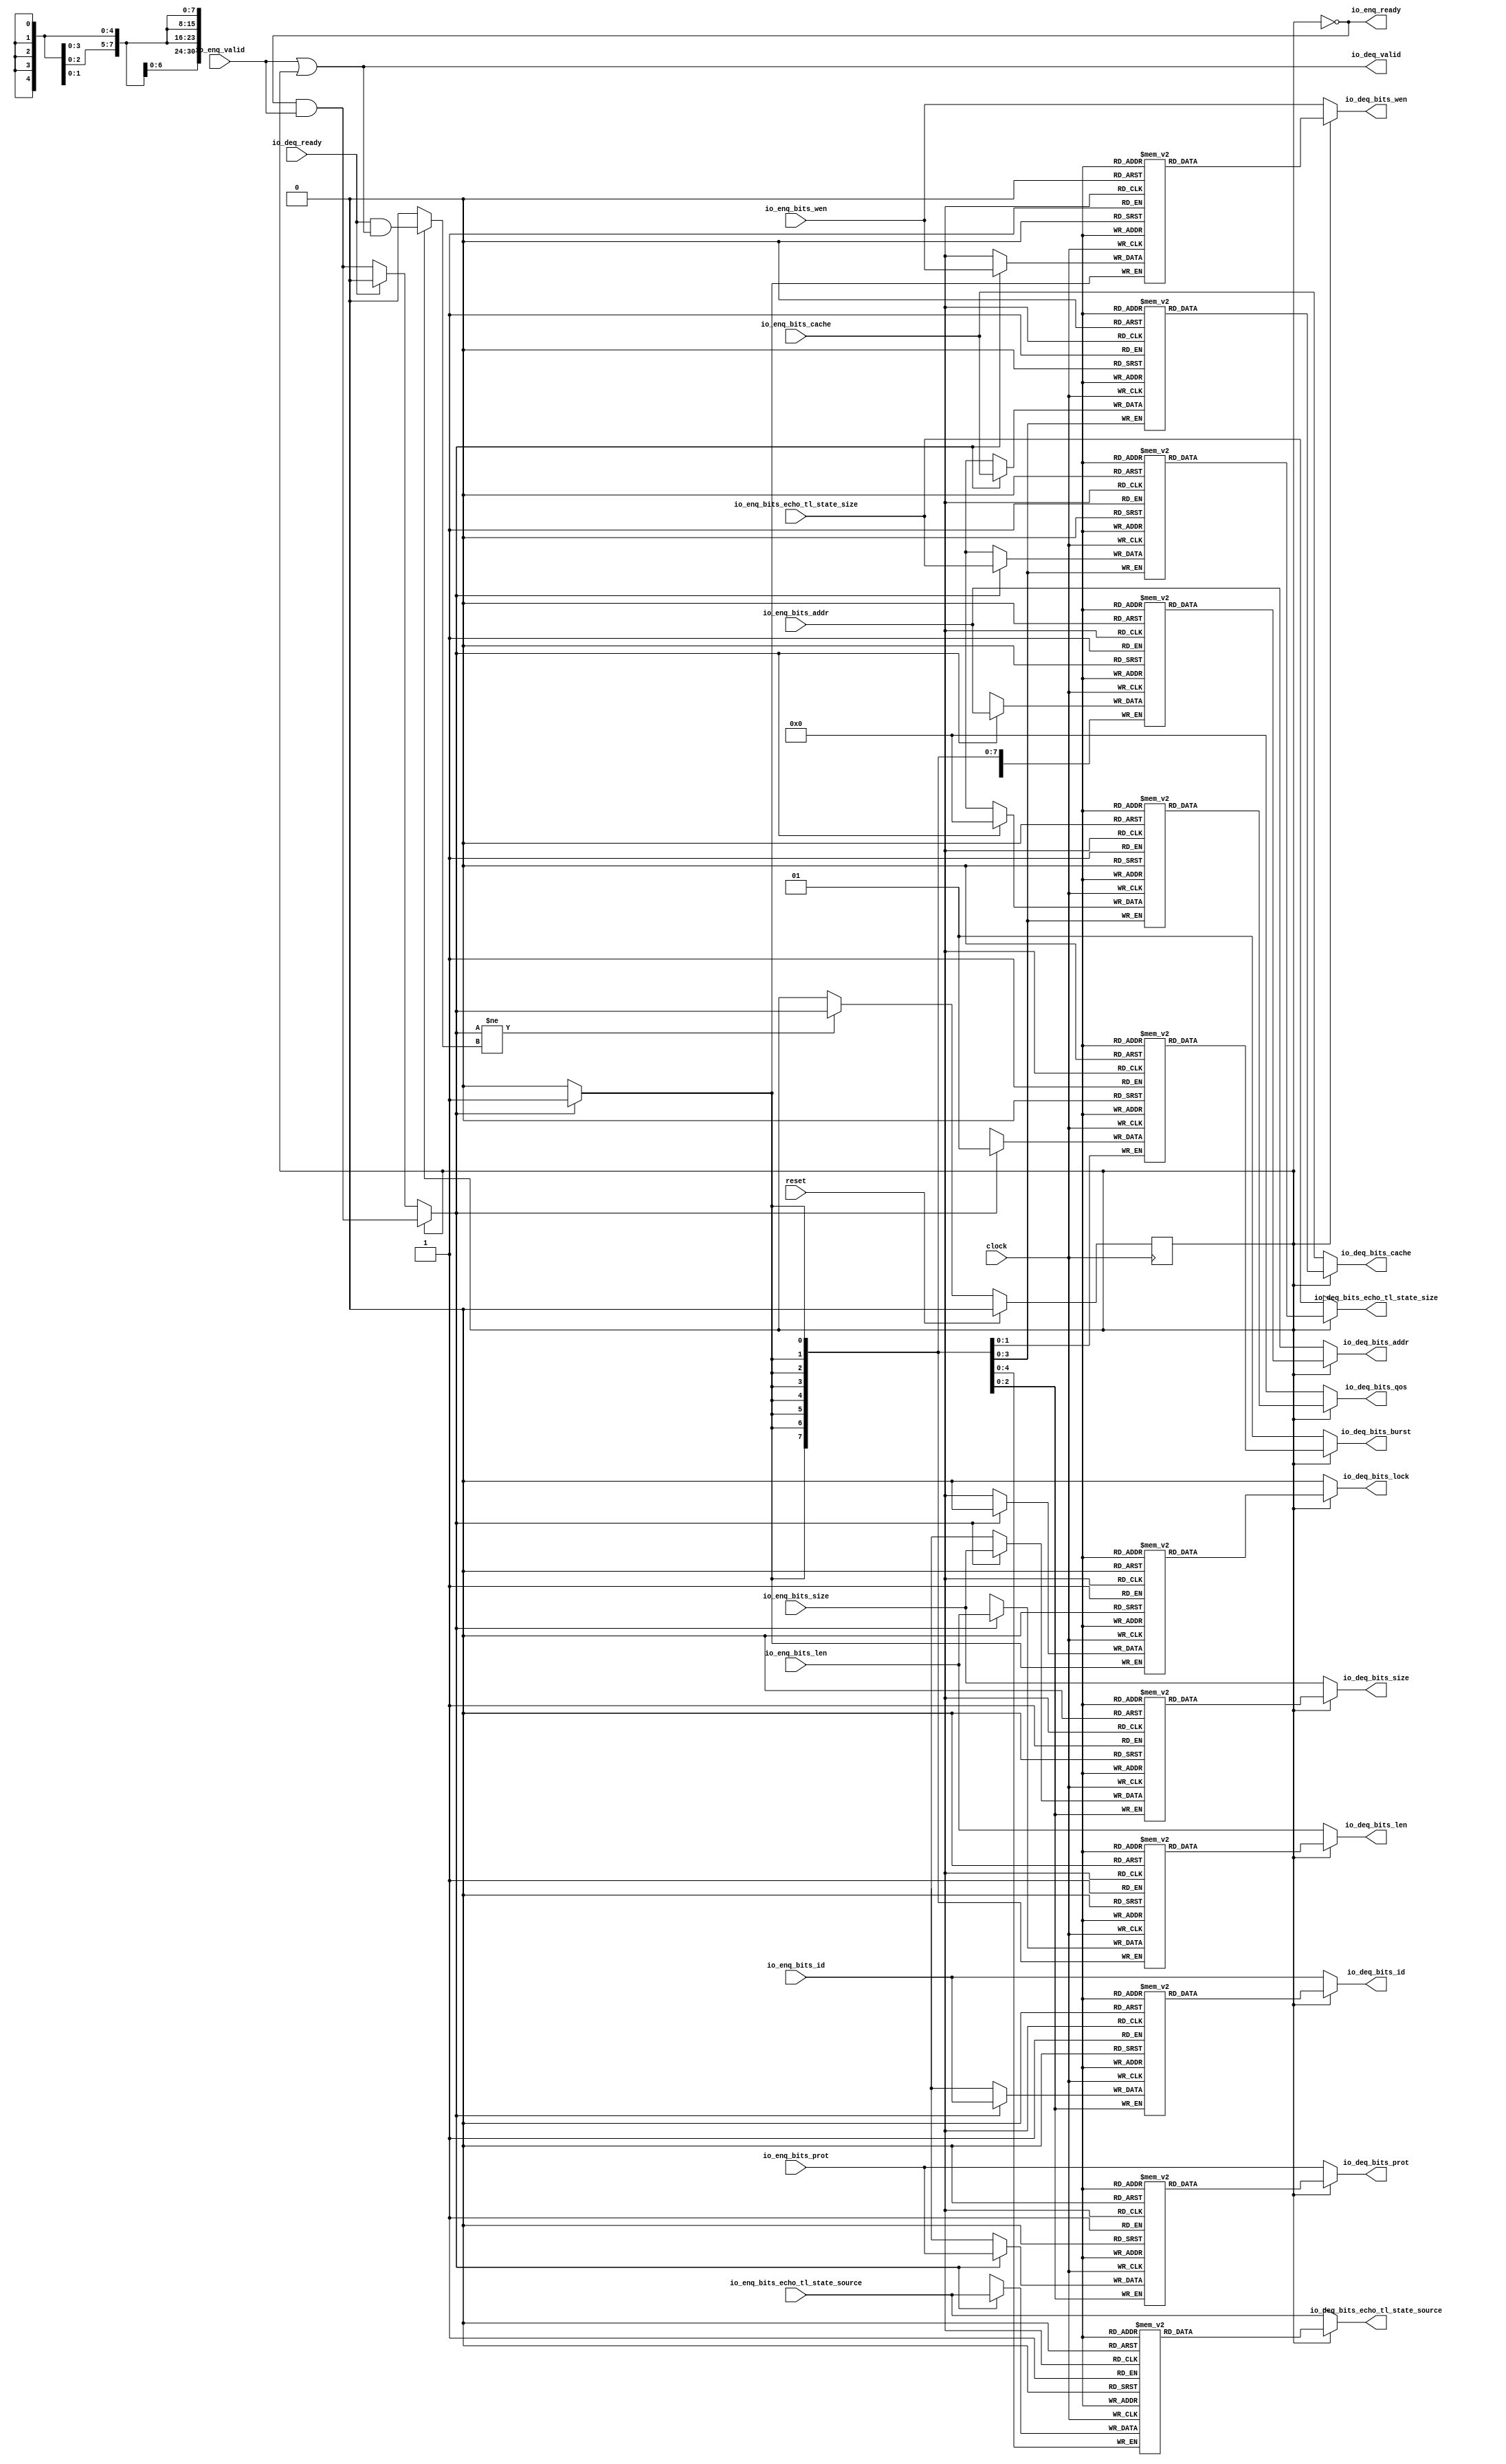
module Queue_11( // @[:freechips.rocketchip.system.DefaultRV32Config.fir@26704.2]
  input         clock, // @[:freechips.rocketchip.system.DefaultRV32Config.fir@26705.4]
  input         reset, // @[:freechips.rocketchip.system.DefaultRV32Config.fir@26706.4]
  output        io_enq_ready, // @[:freechips.rocketchip.system.DefaultRV32Config.fir@26707.4]
  input         io_enq_valid, // @[:freechips.rocketchip.system.DefaultRV32Config.fir@26707.4]
  input  [2:0]  io_enq_bits_id, // @[:freechips.rocketchip.system.DefaultRV32Config.fir@26707.4]
  input  [30:0] io_enq_bits_addr, // @[:freechips.rocketchip.system.DefaultRV32Config.fir@26707.4]
  input  [7:0]  io_enq_bits_len, // @[:freechips.rocketchip.system.DefaultRV32Config.fir@26707.4]
  input  [2:0]  io_enq_bits_size, // @[:freechips.rocketchip.system.DefaultRV32Config.fir@26707.4]
  input  [3:0]  io_enq_bits_cache, // @[:freechips.rocketchip.system.DefaultRV32Config.fir@26707.4]
  input  [2:0]  io_enq_bits_prot, // @[:freechips.rocketchip.system.DefaultRV32Config.fir@26707.4]
  input  [3:0]  io_enq_bits_echo_tl_state_size, // @[:freechips.rocketchip.system.DefaultRV32Config.fir@26707.4]
  input  [4:0]  io_enq_bits_echo_tl_state_source, // @[:freechips.rocketchip.system.DefaultRV32Config.fir@26707.4]
  input         io_enq_bits_wen, // @[:freechips.rocketchip.system.DefaultRV32Config.fir@26707.4]
  input         io_deq_ready, // @[:freechips.rocketchip.system.DefaultRV32Config.fir@26707.4]
  output        io_deq_valid, // @[:freechips.rocketchip.system.DefaultRV32Config.fir@26707.4]
  output [2:0]  io_deq_bits_id, // @[:freechips.rocketchip.system.DefaultRV32Config.fir@26707.4]
  output [30:0] io_deq_bits_addr, // @[:freechips.rocketchip.system.DefaultRV32Config.fir@26707.4]
  output [7:0]  io_deq_bits_len, // @[:freechips.rocketchip.system.DefaultRV32Config.fir@26707.4]
  output [2:0]  io_deq_bits_size, // @[:freechips.rocketchip.system.DefaultRV32Config.fir@26707.4]
  output [1:0]  io_deq_bits_burst, // @[:freechips.rocketchip.system.DefaultRV32Config.fir@26707.4]
  output        io_deq_bits_lock, // @[:freechips.rocketchip.system.DefaultRV32Config.fir@26707.4]
  output [3:0]  io_deq_bits_cache, // @[:freechips.rocketchip.system.DefaultRV32Config.fir@26707.4]
  output [2:0]  io_deq_bits_prot, // @[:freechips.rocketchip.system.DefaultRV32Config.fir@26707.4]
  output [3:0]  io_deq_bits_qos, // @[:freechips.rocketchip.system.DefaultRV32Config.fir@26707.4]
  output [3:0]  io_deq_bits_echo_tl_state_size, // @[:freechips.rocketchip.system.DefaultRV32Config.fir@26707.4]
  output [4:0]  io_deq_bits_echo_tl_state_source, // @[:freechips.rocketchip.system.DefaultRV32Config.fir@26707.4]
  output        io_deq_bits_wen // @[:freechips.rocketchip.system.DefaultRV32Config.fir@26707.4]
);
`ifdef RANDOMIZE_MEM_INIT
  reg [31:0] _RAND_0;
  reg [31:0] _RAND_1;
  reg [31:0] _RAND_2;
  reg [31:0] _RAND_3;
  reg [31:0] _RAND_4;
  reg [31:0] _RAND_5;
  reg [31:0] _RAND_6;
  reg [31:0] _RAND_7;
  reg [31:0] _RAND_8;
  reg [31:0] _RAND_9;
  reg [31:0] _RAND_10;
  reg [31:0] _RAND_11;
`endif // RANDOMIZE_MEM_INIT
`ifdef RANDOMIZE_REG_INIT
  reg [31:0] _RAND_12;
`endif // RANDOMIZE_REG_INIT
  reg [2:0] ram_id [0:0]; // @[Decoupled.scala 209:16:freechips.rocketchip.system.DefaultRV32Config.fir@26709.4]
  wire [2:0] ram_id__T_7_data; // @[Decoupled.scala 209:16:freechips.rocketchip.system.DefaultRV32Config.fir@26709.4]
  wire  ram_id__T_7_addr; // @[Decoupled.scala 209:16:freechips.rocketchip.system.DefaultRV32Config.fir@26709.4]
  wire [2:0] ram_id__T_3_data; // @[Decoupled.scala 209:16:freechips.rocketchip.system.DefaultRV32Config.fir@26709.4]
  wire  ram_id__T_3_addr; // @[Decoupled.scala 209:16:freechips.rocketchip.system.DefaultRV32Config.fir@26709.4]
  wire  ram_id__T_3_mask; // @[Decoupled.scala 209:16:freechips.rocketchip.system.DefaultRV32Config.fir@26709.4]
  wire  ram_id__T_3_en; // @[Decoupled.scala 209:16:freechips.rocketchip.system.DefaultRV32Config.fir@26709.4]
  reg [30:0] ram_addr [0:0]; // @[Decoupled.scala 209:16:freechips.rocketchip.system.DefaultRV32Config.fir@26709.4]
  wire [30:0] ram_addr__T_7_data; // @[Decoupled.scala 209:16:freechips.rocketchip.system.DefaultRV32Config.fir@26709.4]
  wire  ram_addr__T_7_addr; // @[Decoupled.scala 209:16:freechips.rocketchip.system.DefaultRV32Config.fir@26709.4]
  wire [30:0] ram_addr__T_3_data; // @[Decoupled.scala 209:16:freechips.rocketchip.system.DefaultRV32Config.fir@26709.4]
  wire  ram_addr__T_3_addr; // @[Decoupled.scala 209:16:freechips.rocketchip.system.DefaultRV32Config.fir@26709.4]
  wire  ram_addr__T_3_mask; // @[Decoupled.scala 209:16:freechips.rocketchip.system.DefaultRV32Config.fir@26709.4]
  wire  ram_addr__T_3_en; // @[Decoupled.scala 209:16:freechips.rocketchip.system.DefaultRV32Config.fir@26709.4]
  reg [7:0] ram_len [0:0]; // @[Decoupled.scala 209:16:freechips.rocketchip.system.DefaultRV32Config.fir@26709.4]
  wire [7:0] ram_len__T_7_data; // @[Decoupled.scala 209:16:freechips.rocketchip.system.DefaultRV32Config.fir@26709.4]
  wire  ram_len__T_7_addr; // @[Decoupled.scala 209:16:freechips.rocketchip.system.DefaultRV32Config.fir@26709.4]
  wire [7:0] ram_len__T_3_data; // @[Decoupled.scala 209:16:freechips.rocketchip.system.DefaultRV32Config.fir@26709.4]
  wire  ram_len__T_3_addr; // @[Decoupled.scala 209:16:freechips.rocketchip.system.DefaultRV32Config.fir@26709.4]
  wire  ram_len__T_3_mask; // @[Decoupled.scala 209:16:freechips.rocketchip.system.DefaultRV32Config.fir@26709.4]
  wire  ram_len__T_3_en; // @[Decoupled.scala 209:16:freechips.rocketchip.system.DefaultRV32Config.fir@26709.4]
  reg [2:0] ram_size [0:0]; // @[Decoupled.scala 209:16:freechips.rocketchip.system.DefaultRV32Config.fir@26709.4]
  wire [2:0] ram_size__T_7_data; // @[Decoupled.scala 209:16:freechips.rocketchip.system.DefaultRV32Config.fir@26709.4]
  wire  ram_size__T_7_addr; // @[Decoupled.scala 209:16:freechips.rocketchip.system.DefaultRV32Config.fir@26709.4]
  wire [2:0] ram_size__T_3_data; // @[Decoupled.scala 209:16:freechips.rocketchip.system.DefaultRV32Config.fir@26709.4]
  wire  ram_size__T_3_addr; // @[Decoupled.scala 209:16:freechips.rocketchip.system.DefaultRV32Config.fir@26709.4]
  wire  ram_size__T_3_mask; // @[Decoupled.scala 209:16:freechips.rocketchip.system.DefaultRV32Config.fir@26709.4]
  wire  ram_size__T_3_en; // @[Decoupled.scala 209:16:freechips.rocketchip.system.DefaultRV32Config.fir@26709.4]
  reg [1:0] ram_burst [0:0]; // @[Decoupled.scala 209:16:freechips.rocketchip.system.DefaultRV32Config.fir@26709.4]
  wire [1:0] ram_burst__T_7_data; // @[Decoupled.scala 209:16:freechips.rocketchip.system.DefaultRV32Config.fir@26709.4]
  wire  ram_burst__T_7_addr; // @[Decoupled.scala 209:16:freechips.rocketchip.system.DefaultRV32Config.fir@26709.4]
  wire [1:0] ram_burst__T_3_data; // @[Decoupled.scala 209:16:freechips.rocketchip.system.DefaultRV32Config.fir@26709.4]
  wire  ram_burst__T_3_addr; // @[Decoupled.scala 209:16:freechips.rocketchip.system.DefaultRV32Config.fir@26709.4]
  wire  ram_burst__T_3_mask; // @[Decoupled.scala 209:16:freechips.rocketchip.system.DefaultRV32Config.fir@26709.4]
  wire  ram_burst__T_3_en; // @[Decoupled.scala 209:16:freechips.rocketchip.system.DefaultRV32Config.fir@26709.4]
  reg  ram_lock [0:0]; // @[Decoupled.scala 209:16:freechips.rocketchip.system.DefaultRV32Config.fir@26709.4]
  wire  ram_lock__T_7_data; // @[Decoupled.scala 209:16:freechips.rocketchip.system.DefaultRV32Config.fir@26709.4]
  wire  ram_lock__T_7_addr; // @[Decoupled.scala 209:16:freechips.rocketchip.system.DefaultRV32Config.fir@26709.4]
  wire  ram_lock__T_3_data; // @[Decoupled.scala 209:16:freechips.rocketchip.system.DefaultRV32Config.fir@26709.4]
  wire  ram_lock__T_3_addr; // @[Decoupled.scala 209:16:freechips.rocketchip.system.DefaultRV32Config.fir@26709.4]
  wire  ram_lock__T_3_mask; // @[Decoupled.scala 209:16:freechips.rocketchip.system.DefaultRV32Config.fir@26709.4]
  wire  ram_lock__T_3_en; // @[Decoupled.scala 209:16:freechips.rocketchip.system.DefaultRV32Config.fir@26709.4]
  reg [3:0] ram_cache [0:0]; // @[Decoupled.scala 209:16:freechips.rocketchip.system.DefaultRV32Config.fir@26709.4]
  wire [3:0] ram_cache__T_7_data; // @[Decoupled.scala 209:16:freechips.rocketchip.system.DefaultRV32Config.fir@26709.4]
  wire  ram_cache__T_7_addr; // @[Decoupled.scala 209:16:freechips.rocketchip.system.DefaultRV32Config.fir@26709.4]
  wire [3:0] ram_cache__T_3_data; // @[Decoupled.scala 209:16:freechips.rocketchip.system.DefaultRV32Config.fir@26709.4]
  wire  ram_cache__T_3_addr; // @[Decoupled.scala 209:16:freechips.rocketchip.system.DefaultRV32Config.fir@26709.4]
  wire  ram_cache__T_3_mask; // @[Decoupled.scala 209:16:freechips.rocketchip.system.DefaultRV32Config.fir@26709.4]
  wire  ram_cache__T_3_en; // @[Decoupled.scala 209:16:freechips.rocketchip.system.DefaultRV32Config.fir@26709.4]
  reg [2:0] ram_prot [0:0]; // @[Decoupled.scala 209:16:freechips.rocketchip.system.DefaultRV32Config.fir@26709.4]
  wire [2:0] ram_prot__T_7_data; // @[Decoupled.scala 209:16:freechips.rocketchip.system.DefaultRV32Config.fir@26709.4]
  wire  ram_prot__T_7_addr; // @[Decoupled.scala 209:16:freechips.rocketchip.system.DefaultRV32Config.fir@26709.4]
  wire [2:0] ram_prot__T_3_data; // @[Decoupled.scala 209:16:freechips.rocketchip.system.DefaultRV32Config.fir@26709.4]
  wire  ram_prot__T_3_addr; // @[Decoupled.scala 209:16:freechips.rocketchip.system.DefaultRV32Config.fir@26709.4]
  wire  ram_prot__T_3_mask; // @[Decoupled.scala 209:16:freechips.rocketchip.system.DefaultRV32Config.fir@26709.4]
  wire  ram_prot__T_3_en; // @[Decoupled.scala 209:16:freechips.rocketchip.system.DefaultRV32Config.fir@26709.4]
  reg [3:0] ram_qos [0:0]; // @[Decoupled.scala 209:16:freechips.rocketchip.system.DefaultRV32Config.fir@26709.4]
  wire [3:0] ram_qos__T_7_data; // @[Decoupled.scala 209:16:freechips.rocketchip.system.DefaultRV32Config.fir@26709.4]
  wire  ram_qos__T_7_addr; // @[Decoupled.scala 209:16:freechips.rocketchip.system.DefaultRV32Config.fir@26709.4]
  wire [3:0] ram_qos__T_3_data; // @[Decoupled.scala 209:16:freechips.rocketchip.system.DefaultRV32Config.fir@26709.4]
  wire  ram_qos__T_3_addr; // @[Decoupled.scala 209:16:freechips.rocketchip.system.DefaultRV32Config.fir@26709.4]
  wire  ram_qos__T_3_mask; // @[Decoupled.scala 209:16:freechips.rocketchip.system.DefaultRV32Config.fir@26709.4]
  wire  ram_qos__T_3_en; // @[Decoupled.scala 209:16:freechips.rocketchip.system.DefaultRV32Config.fir@26709.4]
  reg [3:0] ram_echo_tl_state_size [0:0]; // @[Decoupled.scala 209:16:freechips.rocketchip.system.DefaultRV32Config.fir@26709.4]
  wire [3:0] ram_echo_tl_state_size__T_7_data; // @[Decoupled.scala 209:16:freechips.rocketchip.system.DefaultRV32Config.fir@26709.4]
  wire  ram_echo_tl_state_size__T_7_addr; // @[Decoupled.scala 209:16:freechips.rocketchip.system.DefaultRV32Config.fir@26709.4]
  wire [3:0] ram_echo_tl_state_size__T_3_data; // @[Decoupled.scala 209:16:freechips.rocketchip.system.DefaultRV32Config.fir@26709.4]
  wire  ram_echo_tl_state_size__T_3_addr; // @[Decoupled.scala 209:16:freechips.rocketchip.system.DefaultRV32Config.fir@26709.4]
  wire  ram_echo_tl_state_size__T_3_mask; // @[Decoupled.scala 209:16:freechips.rocketchip.system.DefaultRV32Config.fir@26709.4]
  wire  ram_echo_tl_state_size__T_3_en; // @[Decoupled.scala 209:16:freechips.rocketchip.system.DefaultRV32Config.fir@26709.4]
  reg [4:0] ram_echo_tl_state_source [0:0]; // @[Decoupled.scala 209:16:freechips.rocketchip.system.DefaultRV32Config.fir@26709.4]
  wire [4:0] ram_echo_tl_state_source__T_7_data; // @[Decoupled.scala 209:16:freechips.rocketchip.system.DefaultRV32Config.fir@26709.4]
  wire  ram_echo_tl_state_source__T_7_addr; // @[Decoupled.scala 209:16:freechips.rocketchip.system.DefaultRV32Config.fir@26709.4]
  wire [4:0] ram_echo_tl_state_source__T_3_data; // @[Decoupled.scala 209:16:freechips.rocketchip.system.DefaultRV32Config.fir@26709.4]
  wire  ram_echo_tl_state_source__T_3_addr; // @[Decoupled.scala 209:16:freechips.rocketchip.system.DefaultRV32Config.fir@26709.4]
  wire  ram_echo_tl_state_source__T_3_mask; // @[Decoupled.scala 209:16:freechips.rocketchip.system.DefaultRV32Config.fir@26709.4]
  wire  ram_echo_tl_state_source__T_3_en; // @[Decoupled.scala 209:16:freechips.rocketchip.system.DefaultRV32Config.fir@26709.4]
  reg  ram_wen [0:0]; // @[Decoupled.scala 209:16:freechips.rocketchip.system.DefaultRV32Config.fir@26709.4]
  wire  ram_wen__T_7_data; // @[Decoupled.scala 209:16:freechips.rocketchip.system.DefaultRV32Config.fir@26709.4]
  wire  ram_wen__T_7_addr; // @[Decoupled.scala 209:16:freechips.rocketchip.system.DefaultRV32Config.fir@26709.4]
  wire  ram_wen__T_3_data; // @[Decoupled.scala 209:16:freechips.rocketchip.system.DefaultRV32Config.fir@26709.4]
  wire  ram_wen__T_3_addr; // @[Decoupled.scala 209:16:freechips.rocketchip.system.DefaultRV32Config.fir@26709.4]
  wire  ram_wen__T_3_mask; // @[Decoupled.scala 209:16:freechips.rocketchip.system.DefaultRV32Config.fir@26709.4]
  wire  ram_wen__T_3_en; // @[Decoupled.scala 209:16:freechips.rocketchip.system.DefaultRV32Config.fir@26709.4]
  reg  maybe_full; // @[Decoupled.scala 212:27:freechips.rocketchip.system.DefaultRV32Config.fir@26710.4]
  wire  empty; // @[Decoupled.scala 215:28:freechips.rocketchip.system.DefaultRV32Config.fir@26712.4]
  wire  _T_1; // @[Decoupled.scala 40:37:freechips.rocketchip.system.DefaultRV32Config.fir@26715.4]
  wire  _T_2; // @[Decoupled.scala 40:37:freechips.rocketchip.system.DefaultRV32Config.fir@26718.4]
  wire  _GEN_18; // @[Decoupled.scala 240:27:freechips.rocketchip.system.DefaultRV32Config.fir@26776.6]
  wire  do_enq; // @[Decoupled.scala 237:18:freechips.rocketchip.system.DefaultRV32Config.fir@26762.4]
  wire  do_deq; // @[Decoupled.scala 237:18:freechips.rocketchip.system.DefaultRV32Config.fir@26762.4]
  wire  _T_4; // @[Decoupled.scala 227:16:freechips.rocketchip.system.DefaultRV32Config.fir@26738.4]
  wire  _T_5; // @[Decoupled.scala 231:19:freechips.rocketchip.system.DefaultRV32Config.fir@26742.4]
  assign ram_id__T_7_addr = 1'h0;
  assign ram_id__T_7_data = ram_id[ram_id__T_7_addr]; // @[Decoupled.scala 209:16:freechips.rocketchip.system.DefaultRV32Config.fir@26709.4]
  assign ram_id__T_3_data = io_enq_bits_id;
  assign ram_id__T_3_addr = 1'h0;
  assign ram_id__T_3_mask = 1'h1;
  assign ram_id__T_3_en = empty ? _GEN_18 : _T_1;
  assign ram_addr__T_7_addr = 1'h0;
  assign ram_addr__T_7_data = ram_addr[ram_addr__T_7_addr]; // @[Decoupled.scala 209:16:freechips.rocketchip.system.DefaultRV32Config.fir@26709.4]
  assign ram_addr__T_3_data = io_enq_bits_addr;
  assign ram_addr__T_3_addr = 1'h0;
  assign ram_addr__T_3_mask = 1'h1;
  assign ram_addr__T_3_en = empty ? _GEN_18 : _T_1;
  assign ram_len__T_7_addr = 1'h0;
  assign ram_len__T_7_data = ram_len[ram_len__T_7_addr]; // @[Decoupled.scala 209:16:freechips.rocketchip.system.DefaultRV32Config.fir@26709.4]
  assign ram_len__T_3_data = io_enq_bits_len;
  assign ram_len__T_3_addr = 1'h0;
  assign ram_len__T_3_mask = 1'h1;
  assign ram_len__T_3_en = empty ? _GEN_18 : _T_1;
  assign ram_size__T_7_addr = 1'h0;
  assign ram_size__T_7_data = ram_size[ram_size__T_7_addr]; // @[Decoupled.scala 209:16:freechips.rocketchip.system.DefaultRV32Config.fir@26709.4]
  assign ram_size__T_3_data = io_enq_bits_size;
  assign ram_size__T_3_addr = 1'h0;
  assign ram_size__T_3_mask = 1'h1;
  assign ram_size__T_3_en = empty ? _GEN_18 : _T_1;
  assign ram_burst__T_7_addr = 1'h0;
  assign ram_burst__T_7_data = ram_burst[ram_burst__T_7_addr]; // @[Decoupled.scala 209:16:freechips.rocketchip.system.DefaultRV32Config.fir@26709.4]
  assign ram_burst__T_3_data = 2'h1;
  assign ram_burst__T_3_addr = 1'h0;
  assign ram_burst__T_3_mask = 1'h1;
  assign ram_burst__T_3_en = empty ? _GEN_18 : _T_1;
  assign ram_lock__T_7_addr = 1'h0;
  assign ram_lock__T_7_data = ram_lock[ram_lock__T_7_addr]; // @[Decoupled.scala 209:16:freechips.rocketchip.system.DefaultRV32Config.fir@26709.4]
  assign ram_lock__T_3_data = 1'h0;
  assign ram_lock__T_3_addr = 1'h0;
  assign ram_lock__T_3_mask = 1'h1;
  assign ram_lock__T_3_en = empty ? _GEN_18 : _T_1;
  assign ram_cache__T_7_addr = 1'h0;
  assign ram_cache__T_7_data = ram_cache[ram_cache__T_7_addr]; // @[Decoupled.scala 209:16:freechips.rocketchip.system.DefaultRV32Config.fir@26709.4]
  assign ram_cache__T_3_data = io_enq_bits_cache;
  assign ram_cache__T_3_addr = 1'h0;
  assign ram_cache__T_3_mask = 1'h1;
  assign ram_cache__T_3_en = empty ? _GEN_18 : _T_1;
  assign ram_prot__T_7_addr = 1'h0;
  assign ram_prot__T_7_data = ram_prot[ram_prot__T_7_addr]; // @[Decoupled.scala 209:16:freechips.rocketchip.system.DefaultRV32Config.fir@26709.4]
  assign ram_prot__T_3_data = io_enq_bits_prot;
  assign ram_prot__T_3_addr = 1'h0;
  assign ram_prot__T_3_mask = 1'h1;
  assign ram_prot__T_3_en = empty ? _GEN_18 : _T_1;
  assign ram_qos__T_7_addr = 1'h0;
  assign ram_qos__T_7_data = ram_qos[ram_qos__T_7_addr]; // @[Decoupled.scala 209:16:freechips.rocketchip.system.DefaultRV32Config.fir@26709.4]
  assign ram_qos__T_3_data = 4'h0;
  assign ram_qos__T_3_addr = 1'h0;
  assign ram_qos__T_3_mask = 1'h1;
  assign ram_qos__T_3_en = empty ? _GEN_18 : _T_1;
  assign ram_echo_tl_state_size__T_7_addr = 1'h0;
  assign ram_echo_tl_state_size__T_7_data = ram_echo_tl_state_size[ram_echo_tl_state_size__T_7_addr]; // @[Decoupled.scala 209:16:freechips.rocketchip.system.DefaultRV32Config.fir@26709.4]
  assign ram_echo_tl_state_size__T_3_data = io_enq_bits_echo_tl_state_size;
  assign ram_echo_tl_state_size__T_3_addr = 1'h0;
  assign ram_echo_tl_state_size__T_3_mask = 1'h1;
  assign ram_echo_tl_state_size__T_3_en = empty ? _GEN_18 : _T_1;
  assign ram_echo_tl_state_source__T_7_addr = 1'h0;
  assign ram_echo_tl_state_source__T_7_data = ram_echo_tl_state_source[ram_echo_tl_state_source__T_7_addr]; // @[Decoupled.scala 209:16:freechips.rocketchip.system.DefaultRV32Config.fir@26709.4]
  assign ram_echo_tl_state_source__T_3_data = io_enq_bits_echo_tl_state_source;
  assign ram_echo_tl_state_source__T_3_addr = 1'h0;
  assign ram_echo_tl_state_source__T_3_mask = 1'h1;
  assign ram_echo_tl_state_source__T_3_en = empty ? _GEN_18 : _T_1;
  assign ram_wen__T_7_addr = 1'h0;
  assign ram_wen__T_7_data = ram_wen[ram_wen__T_7_addr]; // @[Decoupled.scala 209:16:freechips.rocketchip.system.DefaultRV32Config.fir@26709.4]
  assign ram_wen__T_3_data = io_enq_bits_wen;
  assign ram_wen__T_3_addr = 1'h0;
  assign ram_wen__T_3_mask = 1'h1;
  assign ram_wen__T_3_en = empty ? _GEN_18 : _T_1;
  assign empty = ~maybe_full; // @[Decoupled.scala 215:28:freechips.rocketchip.system.DefaultRV32Config.fir@26712.4]
  assign _T_1 = io_enq_ready & io_enq_valid; // @[Decoupled.scala 40:37:freechips.rocketchip.system.DefaultRV32Config.fir@26715.4]
  assign _T_2 = io_deq_ready & io_deq_valid; // @[Decoupled.scala 40:37:freechips.rocketchip.system.DefaultRV32Config.fir@26718.4]
  assign _GEN_18 = io_deq_ready ? 1'h0 : _T_1; // @[Decoupled.scala 240:27:freechips.rocketchip.system.DefaultRV32Config.fir@26776.6]
  assign do_enq = empty ? _GEN_18 : _T_1; // @[Decoupled.scala 237:18:freechips.rocketchip.system.DefaultRV32Config.fir@26762.4]
  assign do_deq = empty ? 1'h0 : _T_2; // @[Decoupled.scala 237:18:freechips.rocketchip.system.DefaultRV32Config.fir@26762.4]
  assign _T_4 = do_enq != do_deq; // @[Decoupled.scala 227:16:freechips.rocketchip.system.DefaultRV32Config.fir@26738.4]
  assign _T_5 = ~empty; // @[Decoupled.scala 231:19:freechips.rocketchip.system.DefaultRV32Config.fir@26742.4]
  assign io_enq_ready = ~maybe_full; // @[Decoupled.scala 232:16:freechips.rocketchip.system.DefaultRV32Config.fir@26745.4]
  assign io_deq_valid = io_enq_valid | _T_5; // @[Decoupled.scala 231:16:freechips.rocketchip.system.DefaultRV32Config.fir@26743.4 Decoupled.scala 236:40:freechips.rocketchip.system.DefaultRV32Config.fir@26760.6]
  assign io_deq_bits_id = empty ? io_enq_bits_id : ram_id__T_7_data; // @[Decoupled.scala 233:15:freechips.rocketchip.system.DefaultRV32Config.fir@26758.4 Decoupled.scala 238:19:freechips.rocketchip.system.DefaultRV32Config.fir@26774.6]
  assign io_deq_bits_addr = empty ? io_enq_bits_addr : ram_addr__T_7_data; // @[Decoupled.scala 233:15:freechips.rocketchip.system.DefaultRV32Config.fir@26757.4 Decoupled.scala 238:19:freechips.rocketchip.system.DefaultRV32Config.fir@26773.6]
  assign io_deq_bits_len = empty ? io_enq_bits_len : ram_len__T_7_data; // @[Decoupled.scala 233:15:freechips.rocketchip.system.DefaultRV32Config.fir@26756.4 Decoupled.scala 238:19:freechips.rocketchip.system.DefaultRV32Config.fir@26772.6]
  assign io_deq_bits_size = empty ? io_enq_bits_size : ram_size__T_7_data; // @[Decoupled.scala 233:15:freechips.rocketchip.system.DefaultRV32Config.fir@26755.4 Decoupled.scala 238:19:freechips.rocketchip.system.DefaultRV32Config.fir@26771.6]
  assign io_deq_bits_burst = empty ? 2'h1 : ram_burst__T_7_data; // @[Decoupled.scala 233:15:freechips.rocketchip.system.DefaultRV32Config.fir@26754.4 Decoupled.scala 238:19:freechips.rocketchip.system.DefaultRV32Config.fir@26770.6]
  assign io_deq_bits_lock = empty ? 1'h0 : ram_lock__T_7_data; // @[Decoupled.scala 233:15:freechips.rocketchip.system.DefaultRV32Config.fir@26753.4 Decoupled.scala 238:19:freechips.rocketchip.system.DefaultRV32Config.fir@26769.6]
  assign io_deq_bits_cache = empty ? io_enq_bits_cache : ram_cache__T_7_data; // @[Decoupled.scala 233:15:freechips.rocketchip.system.DefaultRV32Config.fir@26752.4 Decoupled.scala 238:19:freechips.rocketchip.system.DefaultRV32Config.fir@26768.6]
  assign io_deq_bits_prot = empty ? io_enq_bits_prot : ram_prot__T_7_data; // @[Decoupled.scala 233:15:freechips.rocketchip.system.DefaultRV32Config.fir@26751.4 Decoupled.scala 238:19:freechips.rocketchip.system.DefaultRV32Config.fir@26767.6]
  assign io_deq_bits_qos = empty ? 4'h0 : ram_qos__T_7_data; // @[Decoupled.scala 233:15:freechips.rocketchip.system.DefaultRV32Config.fir@26750.4 Decoupled.scala 238:19:freechips.rocketchip.system.DefaultRV32Config.fir@26766.6]
  assign io_deq_bits_echo_tl_state_size = empty ? io_enq_bits_echo_tl_state_size : ram_echo_tl_state_size__T_7_data; // @[Decoupled.scala 233:15:freechips.rocketchip.system.DefaultRV32Config.fir@26749.4 Decoupled.scala 238:19:freechips.rocketchip.system.DefaultRV32Config.fir@26765.6]
  assign io_deq_bits_echo_tl_state_source = empty ? io_enq_bits_echo_tl_state_source : ram_echo_tl_state_source__T_7_data; // @[Decoupled.scala 233:15:freechips.rocketchip.system.DefaultRV32Config.fir@26748.4 Decoupled.scala 238:19:freechips.rocketchip.system.DefaultRV32Config.fir@26764.6]
  assign io_deq_bits_wen = empty ? io_enq_bits_wen : ram_wen__T_7_data; // @[Decoupled.scala 233:15:freechips.rocketchip.system.DefaultRV32Config.fir@26747.4 Decoupled.scala 238:19:freechips.rocketchip.system.DefaultRV32Config.fir@26763.6]
`ifdef RANDOMIZE_GARBAGE_ASSIGN
`define RANDOMIZE
`endif
`ifdef RANDOMIZE_INVALID_ASSIGN
`define RANDOMIZE
`endif
`ifdef RANDOMIZE_REG_INIT
`define RANDOMIZE
`endif
`ifdef RANDOMIZE_MEM_INIT
`define RANDOMIZE
`endif
`ifndef RANDOM
`define RANDOM $random
`endif
`ifdef RANDOMIZE_MEM_INIT
  integer initvar;
`endif
`ifndef SYNTHESIS
`ifdef FIRRTL_BEFORE_INITIAL
`FIRRTL_BEFORE_INITIAL
`endif
initial begin
  `ifdef RANDOMIZE
    `ifdef INIT_RANDOM
      `INIT_RANDOM
    `endif
    `ifndef VERILATOR
      `ifdef RANDOMIZE_DELAY
        #`RANDOMIZE_DELAY begin end
      `else
        #0.002 begin end
      `endif
    `endif
`ifdef RANDOMIZE_MEM_INIT
  _RAND_0 = {1{`RANDOM}};
  for (initvar = 0; initvar < 1; initvar = initvar+1)
    ram_id[initvar] = _RAND_0[2:0];
  _RAND_1 = {1{`RANDOM}};
  for (initvar = 0; initvar < 1; initvar = initvar+1)
    ram_addr[initvar] = _RAND_1[30:0];
  _RAND_2 = {1{`RANDOM}};
  for (initvar = 0; initvar < 1; initvar = initvar+1)
    ram_len[initvar] = _RAND_2[7:0];
  _RAND_3 = {1{`RANDOM}};
  for (initvar = 0; initvar < 1; initvar = initvar+1)
    ram_size[initvar] = _RAND_3[2:0];
  _RAND_4 = {1{`RANDOM}};
  for (initvar = 0; initvar < 1; initvar = initvar+1)
    ram_burst[initvar] = _RAND_4[1:0];
  _RAND_5 = {1{`RANDOM}};
  for (initvar = 0; initvar < 1; initvar = initvar+1)
    ram_lock[initvar] = _RAND_5[0:0];
  _RAND_6 = {1{`RANDOM}};
  for (initvar = 0; initvar < 1; initvar = initvar+1)
    ram_cache[initvar] = _RAND_6[3:0];
  _RAND_7 = {1{`RANDOM}};
  for (initvar = 0; initvar < 1; initvar = initvar+1)
    ram_prot[initvar] = _RAND_7[2:0];
  _RAND_8 = {1{`RANDOM}};
  for (initvar = 0; initvar < 1; initvar = initvar+1)
    ram_qos[initvar] = _RAND_8[3:0];
  _RAND_9 = {1{`RANDOM}};
  for (initvar = 0; initvar < 1; initvar = initvar+1)
    ram_echo_tl_state_size[initvar] = _RAND_9[3:0];
  _RAND_10 = {1{`RANDOM}};
  for (initvar = 0; initvar < 1; initvar = initvar+1)
    ram_echo_tl_state_source[initvar] = _RAND_10[4:0];
  _RAND_11 = {1{`RANDOM}};
  for (initvar = 0; initvar < 1; initvar = initvar+1)
    ram_wen[initvar] = _RAND_11[0:0];
`endif // RANDOMIZE_MEM_INIT
`ifdef RANDOMIZE_REG_INIT
  _RAND_12 = {1{`RANDOM}};
  maybe_full = _RAND_12[0:0];
`endif // RANDOMIZE_REG_INIT
  `endif // RANDOMIZE
end // initial
`ifdef FIRRTL_AFTER_INITIAL
`FIRRTL_AFTER_INITIAL
`endif
`endif // SYNTHESIS
  always @(posedge clock) begin
    if(ram_id__T_3_en & ram_id__T_3_mask) begin
      ram_id[ram_id__T_3_addr] <= ram_id__T_3_data; // @[Decoupled.scala 209:16:freechips.rocketchip.system.DefaultRV32Config.fir@26709.4]
    end
    if(ram_addr__T_3_en & ram_addr__T_3_mask) begin
      ram_addr[ram_addr__T_3_addr] <= ram_addr__T_3_data; // @[Decoupled.scala 209:16:freechips.rocketchip.system.DefaultRV32Config.fir@26709.4]
    end
    if(ram_len__T_3_en & ram_len__T_3_mask) begin
      ram_len[ram_len__T_3_addr] <= ram_len__T_3_data; // @[Decoupled.scala 209:16:freechips.rocketchip.system.DefaultRV32Config.fir@26709.4]
    end
    if(ram_size__T_3_en & ram_size__T_3_mask) begin
      ram_size[ram_size__T_3_addr] <= ram_size__T_3_data; // @[Decoupled.scala 209:16:freechips.rocketchip.system.DefaultRV32Config.fir@26709.4]
    end
    if(ram_burst__T_3_en & ram_burst__T_3_mask) begin
      ram_burst[ram_burst__T_3_addr] <= ram_burst__T_3_data; // @[Decoupled.scala 209:16:freechips.rocketchip.system.DefaultRV32Config.fir@26709.4]
    end
    if(ram_lock__T_3_en & ram_lock__T_3_mask) begin
      ram_lock[ram_lock__T_3_addr] <= ram_lock__T_3_data; // @[Decoupled.scala 209:16:freechips.rocketchip.system.DefaultRV32Config.fir@26709.4]
    end
    if(ram_cache__T_3_en & ram_cache__T_3_mask) begin
      ram_cache[ram_cache__T_3_addr] <= ram_cache__T_3_data; // @[Decoupled.scala 209:16:freechips.rocketchip.system.DefaultRV32Config.fir@26709.4]
    end
    if(ram_prot__T_3_en & ram_prot__T_3_mask) begin
      ram_prot[ram_prot__T_3_addr] <= ram_prot__T_3_data; // @[Decoupled.scala 209:16:freechips.rocketchip.system.DefaultRV32Config.fir@26709.4]
    end
    if(ram_qos__T_3_en & ram_qos__T_3_mask) begin
      ram_qos[ram_qos__T_3_addr] <= ram_qos__T_3_data; // @[Decoupled.scala 209:16:freechips.rocketchip.system.DefaultRV32Config.fir@26709.4]
    end
    if(ram_echo_tl_state_size__T_3_en & ram_echo_tl_state_size__T_3_mask) begin
      ram_echo_tl_state_size[ram_echo_tl_state_size__T_3_addr] <= ram_echo_tl_state_size__T_3_data; // @[Decoupled.scala 209:16:freechips.rocketchip.system.DefaultRV32Config.fir@26709.4]
    end
    if(ram_echo_tl_state_source__T_3_en & ram_echo_tl_state_source__T_3_mask) begin
      ram_echo_tl_state_source[ram_echo_tl_state_source__T_3_addr] <= ram_echo_tl_state_source__T_3_data; // @[Decoupled.scala 209:16:freechips.rocketchip.system.DefaultRV32Config.fir@26709.4]
    end
    if(ram_wen__T_3_en & ram_wen__T_3_mask) begin
      ram_wen[ram_wen__T_3_addr] <= ram_wen__T_3_data; // @[Decoupled.scala 209:16:freechips.rocketchip.system.DefaultRV32Config.fir@26709.4]
    end
    if (reset) begin
      maybe_full <= 1'h0;
    end else if (_T_4) begin
      if (empty) begin
        if (io_deq_ready) begin
          maybe_full <= 1'h0;
        end else begin
          maybe_full <= _T_1;
        end
      end else begin
        maybe_full <= _T_1;
      end
    end
  end
endmodule